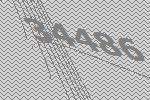
34486